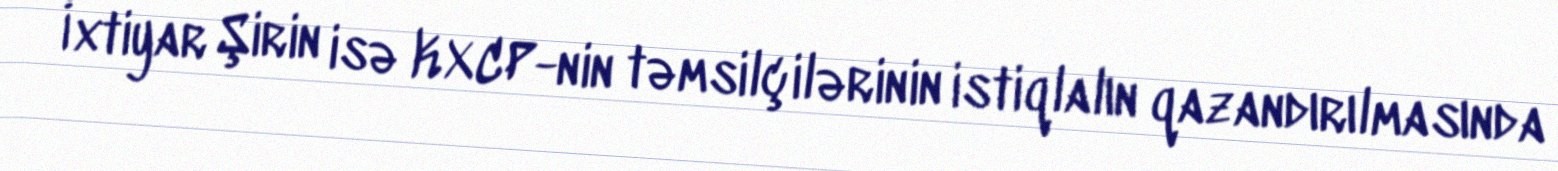
İxtiyar Şirin isə KXCP-nin təmsilçilərinin istiqlalın qazandırılmasında